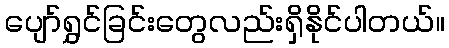
ပျော်ရွှင်ခြင်းတွေလည်းရှိနိုင်ပါတယ်။